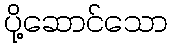
ပို့ဆောင်သော